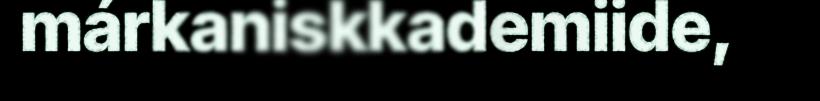
márkaniskkademiide,